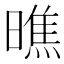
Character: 𭧭